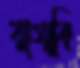
বাগাবি